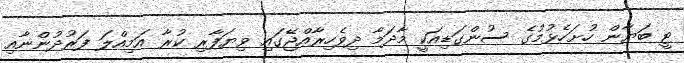
ޓީ ބަޔާން ހުށަހެޅުމުގެ ސުންގަޑިއަކީ މާދަމާ ދިވެހިރާއްޖޭގައި ވިޔަފާރި ކުރާ އަމިއްލަ ފަރުދުންނާއި